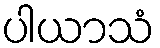
ပါယာသံ